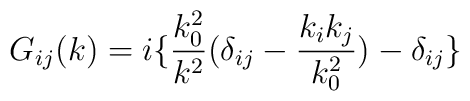
G_{ij}(k)=i\{\frac{k_0^2}{k^2}(\delta_{ij}-\frac{k_ik_j}{k_0^2})-\delta_{ij}\}